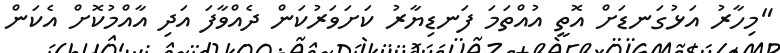
"މިހާރު އަޅުގަނޑަށް އޮތީ އުއްތަމަ ފަނޑިޔާރު ކަށަވަރުކަން ދެއްވާފަ އަދި އާއްމުކޮށް އެކަން